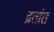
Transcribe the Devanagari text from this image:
व्रतांत